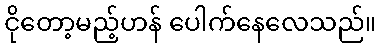
ငိုတော့မည့်ဟန် ပေါက်နေလေသည်။